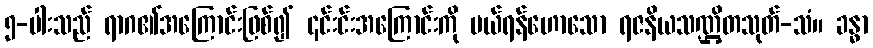
၅-ပါးသည် ရာဂ၏အကြောင်းဖြစ်၍ ၎င်းင်းအကြောင်းကို ပယ်ရန်ဟောသော ရဇနိယသဏ္ဌိတသုတ်-သံ။ ခန္ဓာ